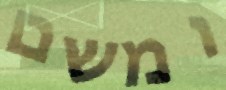
ומשם